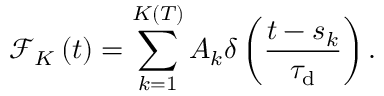
\mathcal { F } _ { K } \left( t \right) = \sum _ { k = 1 } ^ { K \left( T \right) } A _ { k } \delta \left( \frac { t - s _ { k } } { \tau _ { \mathrm { d } } } \right) .